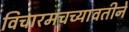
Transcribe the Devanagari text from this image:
विचारमंचच्यावतीने